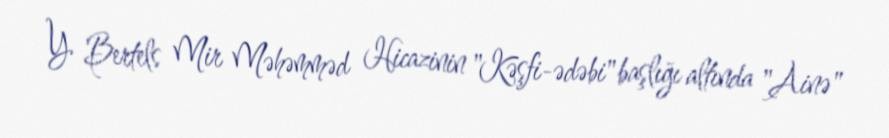
Y. Bertels Mir Məhəmməd Hicazinin "Kəşfi-ədəbi" başlığı altında "Ainə"